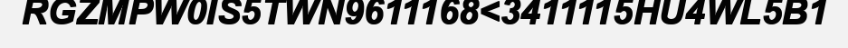
RGZMPW0IS5TWN9611168<3411115HU4WL5B1